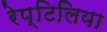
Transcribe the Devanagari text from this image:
रेप्टिलिया